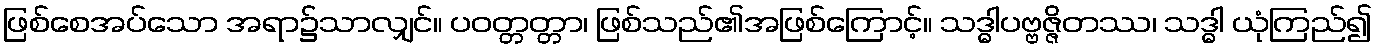
ဖြစ်စေအပ်သော အရာ၌သာလျှင်။ ပဝတ္တတ္တာ၊ ဖြစ်သည်၏အဖြစ်ကြောင့်။ သဒ္ဓါပဗ္ဗဇ္ဇိတဿ၊ သဒ္ဓါ ယုံကြည်၍